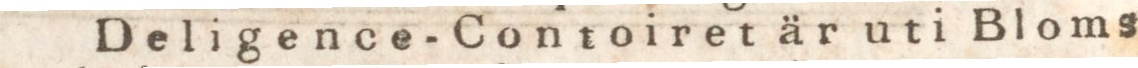
Deligence-Contoiret är uti Bloms